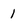
Character: 1